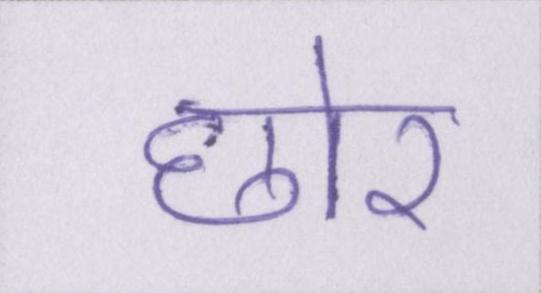
छोर